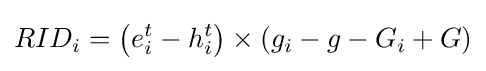
RID_{i}=\left(e_{i}^{t}-h_{i}^{t}\right)\times \left(g_{i}-g-G_{i}+G\right)